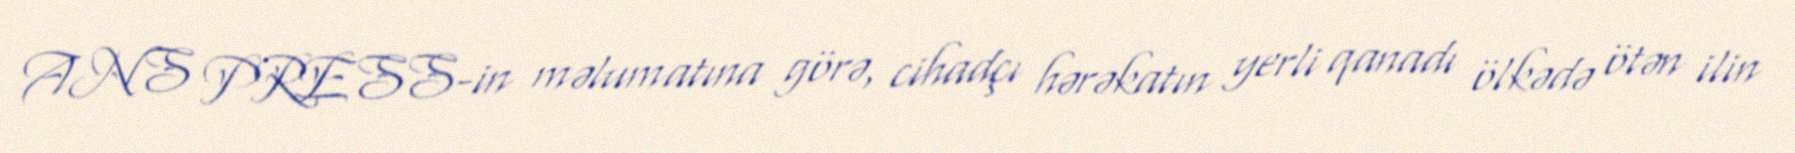
ANS PRESS-in məlumatına görə, cihadçı hərəkatın yerli qanadı ölkədə ötən ilin